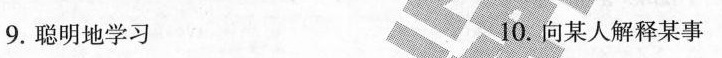
9.聪明地学习 10.向某人解释某事